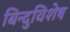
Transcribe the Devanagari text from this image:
बिन्दुविशेष